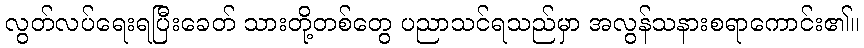
လွတ်လပ်ရေးရပြီးခေတ် သားတို့တစ်တွေ ပညာသင်ရသည်မှာ အလွန်သနားစရာကောင်း၏။